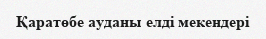
Қаратөбе ауданы елді мекендері